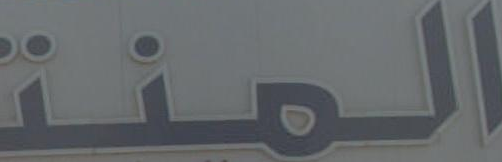
المنتـ